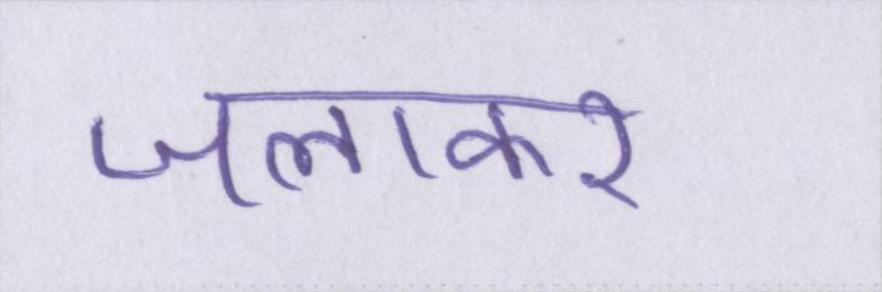
जलाकर